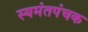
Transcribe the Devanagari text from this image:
स्यमंतपंचक